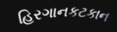
હિરગાનકટકાન